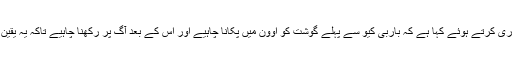
ایجنسی نے اس سلسلہ میں خصوصی ہدایت جاری کرتے ہوئے کہا ہے کہ باربی کیو سے پہلے گوشت کو اوون میں پکانا چاہیے اور اس کے بعد آگ پر رکھنا چاہیے تاکہ یہ یقین ہوجائے کہ گوشت مکمل طور پر پکا ہوا ہے۔